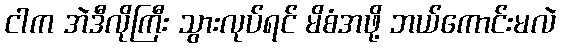
ငါက အဲဒီလိုကြီး သွားလုပ်ရင် မိစံအဖို့ ဘယ်ကောင်းမလဲ